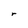
Character: r